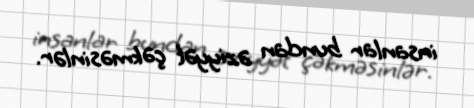
insanlar bundan əziyyət çəkməsinlər.